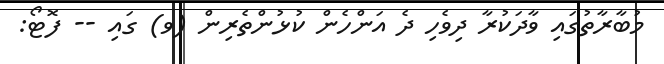
މުބާރާތުގައި ވާދަކުރާ ދިވެހި ދެ އަންހެން ކުޅުންތެރިން (ވ) ގައި -- ފޮޓޯ: